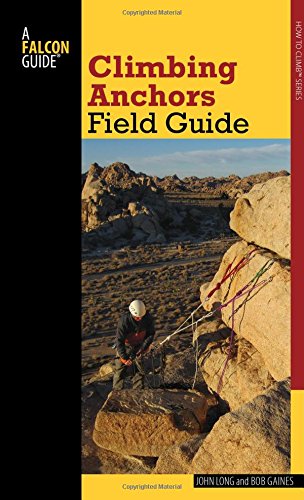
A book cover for Climbing Anchors Field Guide (How To Climb Series); John Long; Sports & Outdoors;